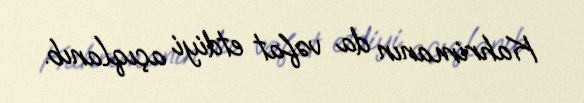
Kahrimanın da vəfat etdiyi açıqlanıb.